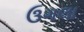
ઉગલા